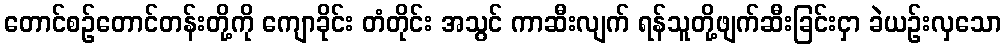
တောင်စဉ်တောင်တန်းတို့ကို ကျောခိုင်း တံတိုင်း အသွင် ကာဆီးလျက် ရန်သူတို့ဖျက်ဆီးခြင်းငှာ ခဲယဉ်းလှသော